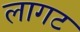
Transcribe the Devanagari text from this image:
लागट